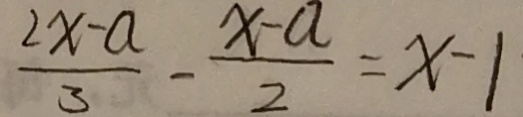
\frac { 2 x - a } { 3 } - \frac { x - a } { 2 } = x - 1